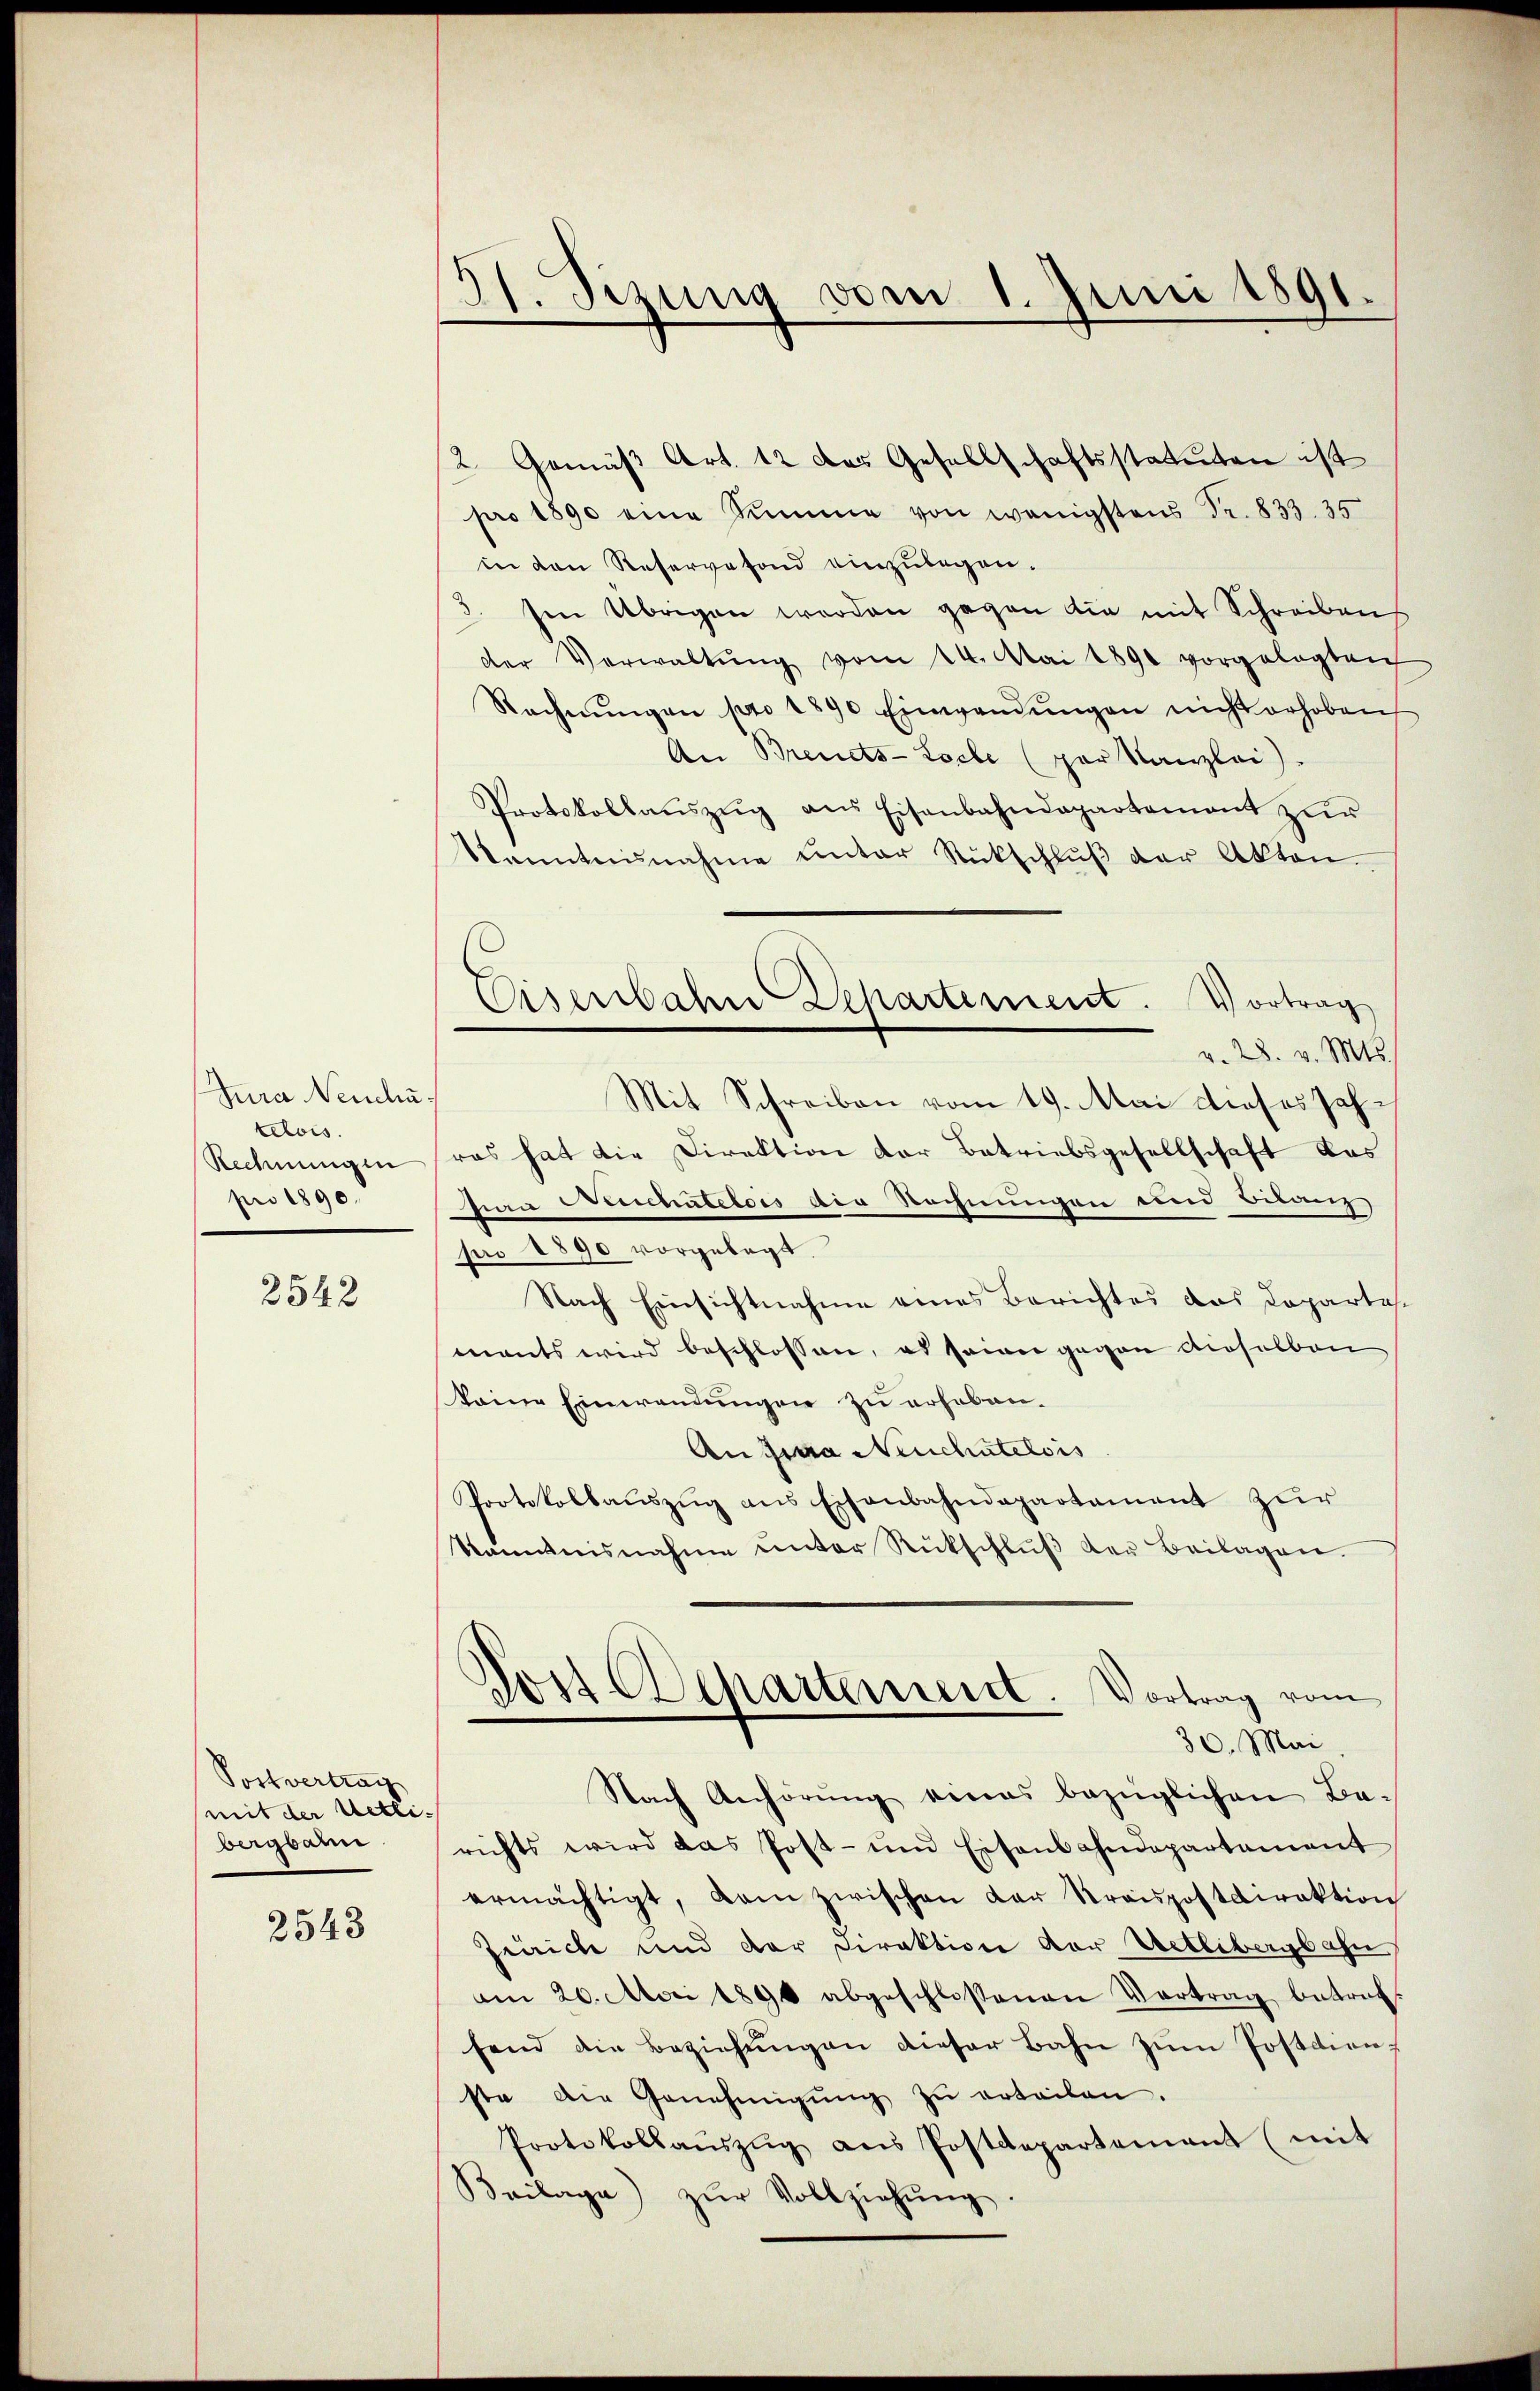
Jura Neudrutelois.
Rechnungen
pro 1890.

2548

Postvertrag
mit der Wetli-
bergbahn

2543

51. Sizung vom 1. Juni 1891.

2. Gemäβ Art. 12 das Gesellschaftsstatuten ist
pro 1890 eine Summe von wenigstens Fr. 833. 35
in den Reservefond einzulegen.
3. Im Übrigen worden gegen die mit Schreiben
der Verwaltŭng vom 14. Mai 1890 vorgelegten
Rechnŭngen pro 1890 Einwandŭngen nicht erhoben
An Brendts-Loche (par Kanzlei)
Protokollaŭszŭg ans Eisenbahndepartement zŭr
kanntnisnahme unter Rückschlŭβ der Akten.
v. 28. v. Mts.
ras hat die Direktion der Betriebsgesellschaft das
zura Cuchatelois die Rechnungen und Bilanz
pro 1890 vorgelegt.
Nach Einsichtnahme eines Berichtes das Dopartal-
mants wird beschlossen, es seiner gegen dieselben
keine Einwendungen zu erheben.
An sia Neuchatelois
Protokolbaŭszŭg ans Eisenbahndepartament zur
kanntnisnahme unter Rückschlŭβ der Beilagen.
.
ost Departement
Vortrag vom
30. Mai
Nach Anhörŭng eines bezüglichen Be-
richts wird das Post- und Eisenbahndepartement
ermächtigt, dam zwischen der Kreispostdirektion
Zürich und der Direktion der Uetlibergbahn
am 20. Mai 1890 abgeschlossenen Vertrag betref-
fend die Beziehŭngen dieser Bahn zŭm Postdien-
ste die Genehmigŭng zŭ erteilen.
Protokollaŭszŭg aŭs Postdepartement (mit
Beilage) zŭr Vollziehŭng.

Eisenbahn Departement. Vortrag
Mit Schreiben vom 19. Mai dieses Jah¬